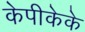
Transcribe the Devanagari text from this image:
केपीकेके